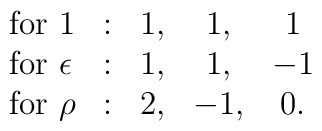
\begin{array}{lcccc}  {\rm for~}    1    & : & 1, &  1, &  1 \\  {\rm for~}\epsilon & : & 1, &  1, & -1 \\  {\rm for~}\rho     & : & 2, & -1, &  0 . \end{array}